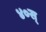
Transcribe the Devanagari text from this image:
४०स्